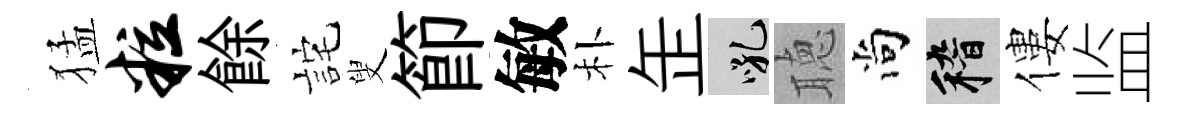
猛粒餘詫叟節敏朴𦈢吼聴尚稽僂监